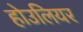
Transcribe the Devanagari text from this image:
होउलियर